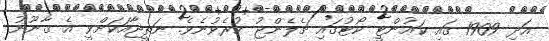
އަދި 1909 ގައި ކައުންޓީ ކޯޓުގައި ޗެލެންޖު ކުރެވުނެވެ. ނަތީޖާއަކަށްވީ އެ ޤާނޫނު